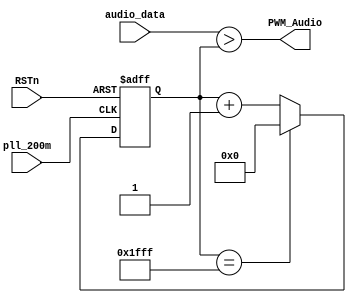
module PWM_DAC(
	input pll_200m,
	input RSTn,
	input [12:0] audio_data,
	output PWM_Audio


);
	reg [12:0]cnt;

	always @ (posedge pll_200m or negedge RSTn)
		if(!RSTn)		
			cnt <= 13'd0;				
		else if(cnt == 13'b1_1111_1111_1111)				
			cnt <= 13'd0;			
		else		
			cnt <= cnt + 1'b1;		
			
	assign PWM_Audio = audio_data > cnt;
			
endmodule